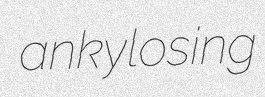
ankylosing